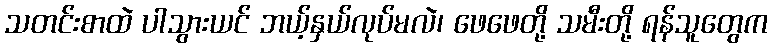
သတင်းစာထဲ ပါသွားယင် ဘယ့်နှယ်လုပ်မလဲ၊ ဖေဖေတို့ သမီးတို့ ရန်သူတွေက